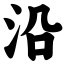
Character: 沿